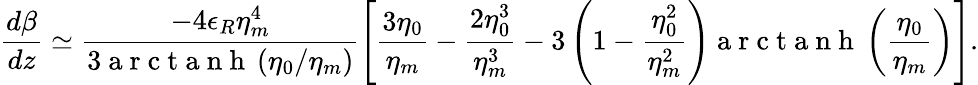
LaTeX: \frac{d\beta}{dz}\simeq\frac{-4\epsilon_{R}\eta_{m}^{4}}{3\mathrm{~a~r~c~t~a~n~h~}\left(\eta_{0}/\eta_{m}\right)}\left[\frac{3\eta_{0}}{\eta_{m}}-\frac{2\eta_{0}^{3}}{\eta_{m}^{3}}-3\left(1-\frac{\eta_{0}^{2}}{\eta_{m}^{2}}\right)\mathrm{~a~r~c~t~a~n~h~}\left(\frac{\eta_{0}}{\eta_{m}}\right)\right].